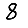
Digit: 8